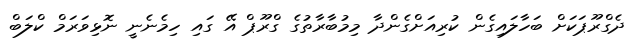
ދެގްރޫޕަކަށް ބަހާލައިގެން ކުރިއަށްގެންދާ މިމުބާރާތުގެ ގްރޫޕް އޭ ގައި ހިމެނެނީ ނޮޅިވަރަމް ކްލަބް